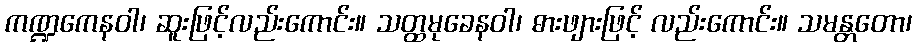
ကဏ္ဍကေနဝါ၊ ဆူးဖြင့်လည်းကောင်း။ သတ္ထမုခေနဝါ၊ ဓားဖျားဖြင့် လည်းကောင်း။ သမန္တတော၊